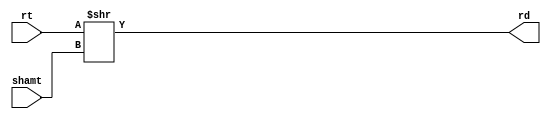
module srl
(
    input      [31:0] rt,
    input      [4:0]  shamt,
    output     [31:0] rd
);

    assign rd = rt >> shamt;

endmodule